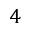
4